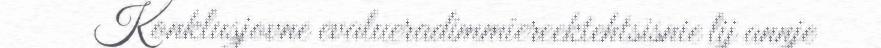
Konklusjovne evalueradimmiereektehtsisnie lij annje